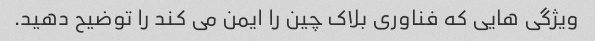
ویژگی هایی که فناوری بلاک چین را ایمن می کند را توضیح دهید.